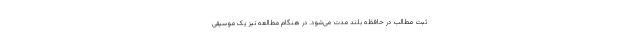
ثبت مطالب در حافظه بلند مدت می‌شود. در هنگام مطالعه نیز یک موسیقی